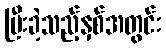
ပြီးခဲ့သည့်နှစ်အတွင်း